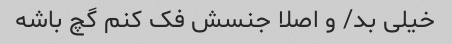
خیلی بد/ و اصلا جنسش فک کنم گچ باشه